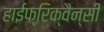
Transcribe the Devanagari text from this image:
हाईफ्रिक्वैन्सी